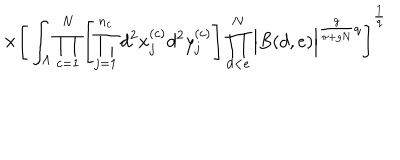
\times \Bigg [ \int _ { \Lambda } \prod _ { c = 1 } ^ { N } \left[ \prod _ { j = 1 } ^ { n _ { c } } d ^ { 2 } x _ { j } ^ { ( c ) } d ^ { 2 } y _ { j } ^ { ( c ) } \right] \prod _ { d < e } ^ { N } \Big | B ( d , e ) \Big | ^ { \frac { g } { \pi + g N } q } \Bigg ] ^ { \frac { 1 } { q } }